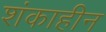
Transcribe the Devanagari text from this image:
शंकाहीन